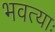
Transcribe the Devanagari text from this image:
भवत्याः